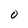
Character: O